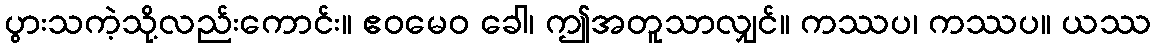
ပွားသကဲ့သို့လည်းကောင်း။ ဧဝမေဝ ခေါ၊ ဤအတူသာလျှင်။ ကဿပ၊ ကဿပ။ ယဿ